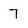
Character: 7